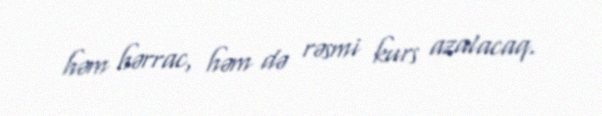
həm hərrac, həm də rəsmi kurs azalacaq.